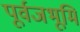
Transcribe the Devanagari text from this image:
पूर्वजभूमि